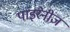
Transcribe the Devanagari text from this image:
पाइरेनीज